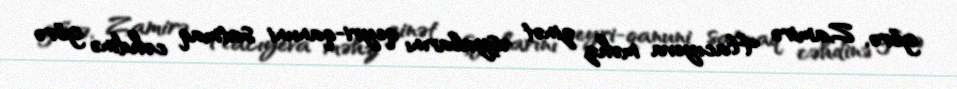
görə, Zamirə Hacıyeva məhz zinət əşyalarını qeyri-qanuni satmaq cəhdinə görə